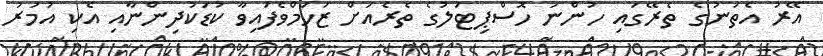
އޭރު އެތަނުގެ ތެރޭގައި ހުންނަ ހޮސްޕިޓަލުގެ ތެރެއަށް ޒަހަމްވެފައިވާ ކުޑަކުދިންނާއި އެކި އުމުރު